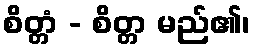
စိတ္တံ - စိတ္တ မည်၏၊